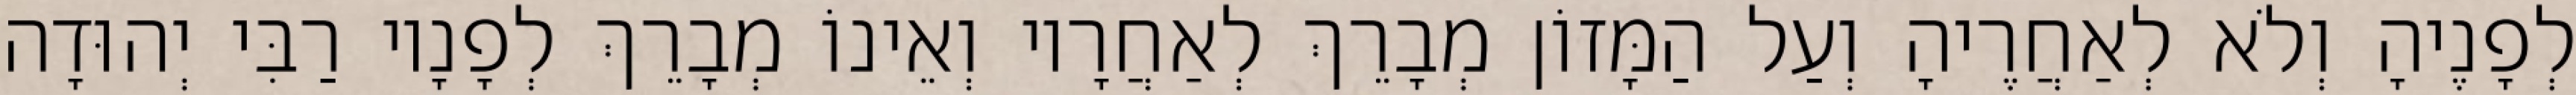
לְפָנֶיהָ וְלֹא לְאַחֲרֶיהָ וְעַל הַמָּזוֹן מְבָרֵךְ לְאַחֲרָיו וְאֵינוֹ מְבָרֵךְ לְפָנָיו רַבִּי יְהוּדָה